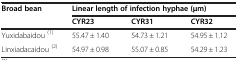
<table><thead><tr><td rowspan="2"><b>Broad bean</b></td><td colspan="3"><b>Linear length of infection hyphae (μm)</b></td></tr><tr><td><b>CYR23</b></td><td><b>CYR31</b></td><td><b>CYR32</b></td></tr></thead><tbody><tr><td>Yuxidabaidou <sup>(1)</sup></td><td>55.47 ± 1.40</td><td>54.73 ± 1.21</td><td>54.95 ± 1.12</td></tr><tr><td>Linxiadacaidou <sup>(2)</sup></td><td>54.97 ± 0.98</td><td>55.07 ± 0.85</td><td>54.29 ± 1.23</td></tr></tbody></table>